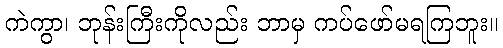
ကဲကွာ၊ ဘုန်းကြီးကိုလည်း ဘာမှ ကပ်ဖော်မရကြဘူး။